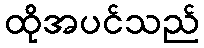
ထိုအပင်သည်